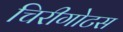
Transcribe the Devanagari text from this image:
चिरीगोटस